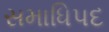
સમાધિપદ